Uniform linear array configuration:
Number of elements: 4
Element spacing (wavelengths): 0.5
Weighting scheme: hann
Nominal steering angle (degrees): -30
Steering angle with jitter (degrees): -29.038
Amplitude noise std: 0.05
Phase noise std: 0.05

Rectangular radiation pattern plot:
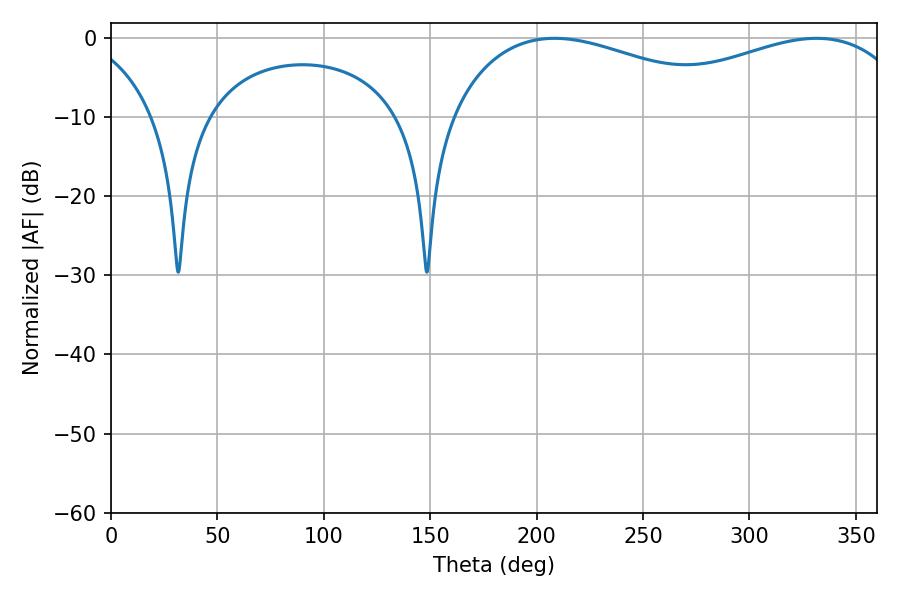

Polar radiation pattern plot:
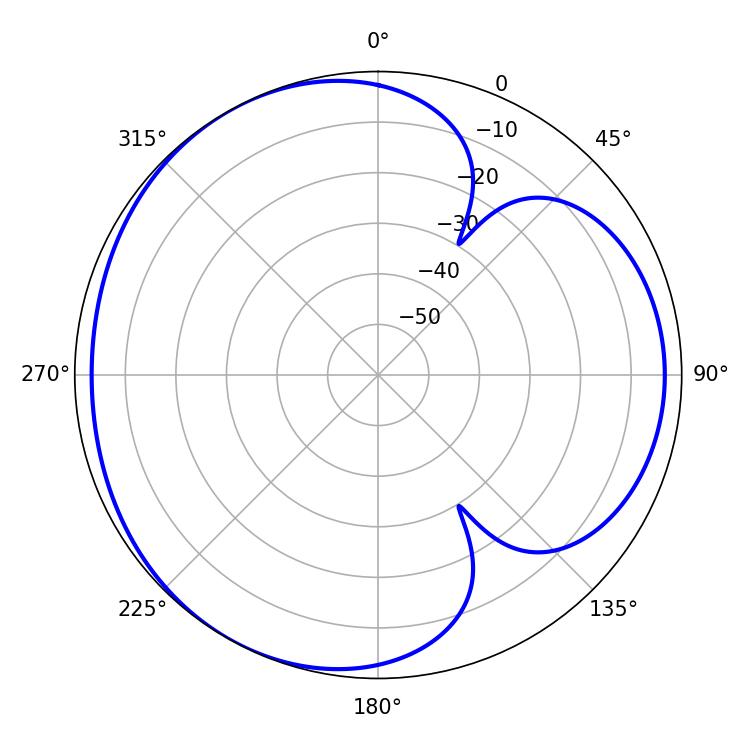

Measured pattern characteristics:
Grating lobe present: FALSE
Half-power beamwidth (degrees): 78.66
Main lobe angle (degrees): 208.44